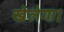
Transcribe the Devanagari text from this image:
खेलेगा।